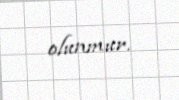
olunmur.